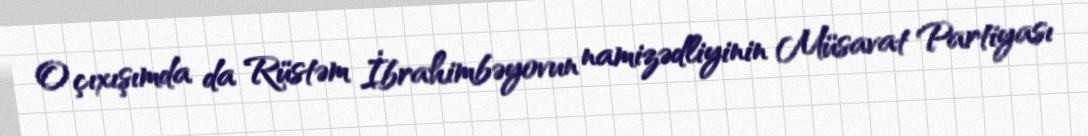
O çıxışımda da Rüstəm İbrahimbəyovun namizədliyinin Müsavat Partiyası